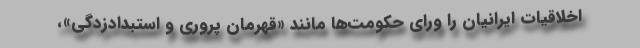
اخلاقیات ایرانیان را ورای حکومت‌ها مانند «قهرمان پروري و استبدادزدگی»،